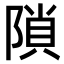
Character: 𨻈